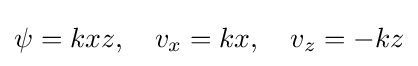
\psi =kxz,\quad v_{x}=kx,\quad v_{z}=-kz